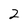
Character: 2